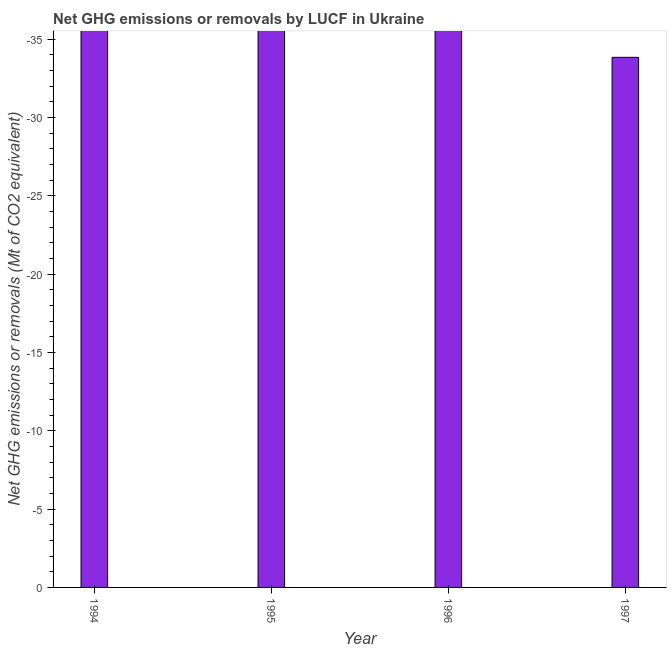
| Year | GHG net emissions or removals |
 | --- | --- |
 | 1994 | -61.7 |
 | 1995 | -48.3 |
 | 1996 | -53.8 |
 | 1997 | -33.8 |